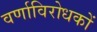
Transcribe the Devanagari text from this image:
वर्णाविरोधकों